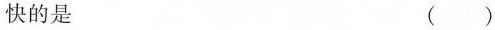
快的是 ()